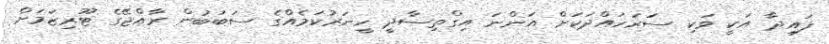
ފައިދާ އަކީ ވަކި ސަަރަހައްދަކަށް އަންނަ އިގްތިސާދީ ހީނަރުކަމެއްގެ ސަބަބުން ރާއްޖޭގެ ޓޫރިޒަމަށް